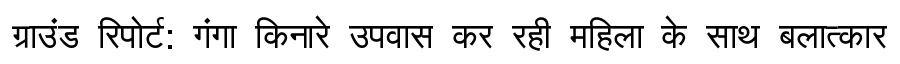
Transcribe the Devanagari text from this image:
ग्राउंड रिपोर्ट: गंगा किनारे उपवास कर रही महिला के साथ बलात्कार